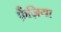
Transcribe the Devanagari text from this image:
फ़ैज़िया